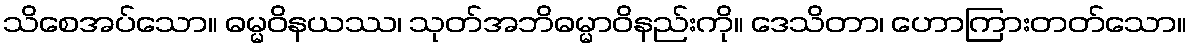
သိစေအပ်သော။ ဓမ္မဝိနယဿ၊ သုတ်အဘိဓမ္မာဝိနည်းကို။ ဒေသိတာ၊ ဟောကြားတတ်သော။